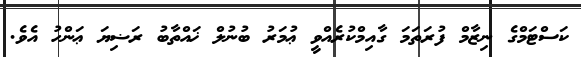
ކަސްޓަމްގެ ނިޒާމް ފުރަތަމަ ގާއިމްކުރެއްވީ ޢުމަރު ބުނުލް ޚައްތާބު ރަޟިޔަ ޢަންހު އެވެ.